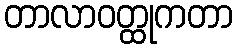
တာလာဝတ္ထုကတာ